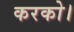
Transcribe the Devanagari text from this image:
करको।